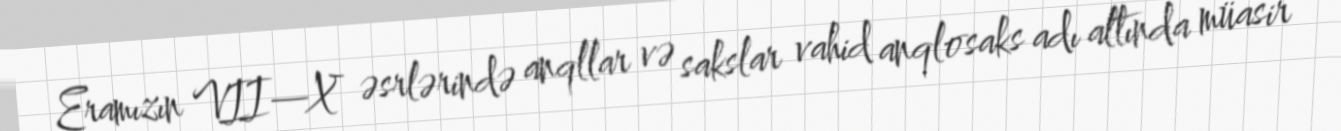
Eramızın VII—X əsrlərində anqllar və sakslar vahid anqlosaks adı altında müasir